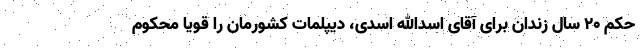
حکم 20 سال زندان برای آقای اسدالله اسدی، دیپلمات کشورمان را قویا محکوم